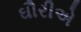
ઘૌરીએ